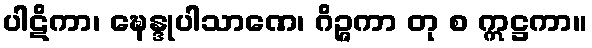
ပါဋိကာ၊ ဍ္ဎေန္ဒုပါသာဏေ၊ ဂိဉ္ဇကာ တု စ ဣဋ္ဌကာ။